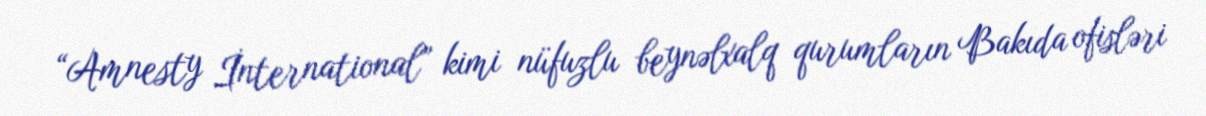
“Amnesty İnternational” kimi nüfuzlu beynəlxalq qurumların Bakıda ofisləri